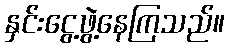
နှင်းငွေ့ဖွဲ့နေကြသည်။